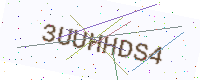
Text: 3UUHHDS4